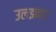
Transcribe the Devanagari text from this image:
उलझाहट